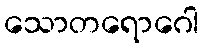
သောတရောဂေါ